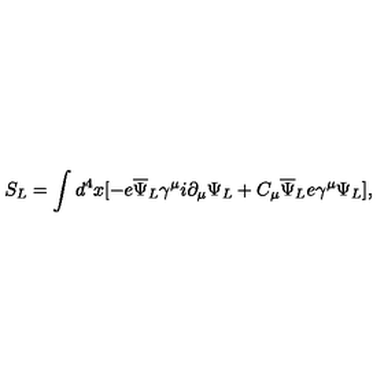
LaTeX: S _ { L } = \int d ^ { 4 } x [ - e { \overline { \Psi } } _ { L } \gamma ^ { \mu } i \partial _ { \mu } \Psi _ { L } + C _ { \mu } { \overline { \Psi } } _ { L } e \gamma ^ { \mu } \Psi _ { L } ] ,